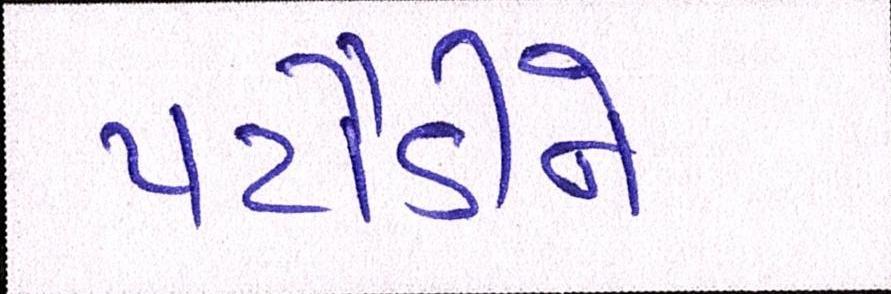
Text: પટૌડીને